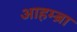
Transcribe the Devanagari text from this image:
आहम्ब्रा